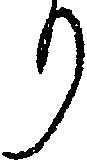
り